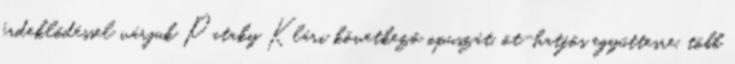
érdeklődéssel várjuk Pataky Klári következő opuszát, öt-hatfős együttesre, több